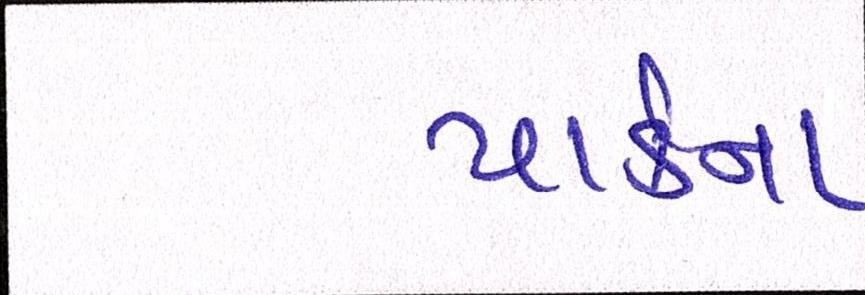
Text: પાર્કના